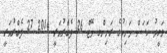
ވަހީދު ހަސަން މަނިކުގެ ރަނިންގ މޭޓް 26 ފެބްރުއަރީ 2014 27 ފެބްރުއަރީ